Trukikaitis_Postimees, lk 18
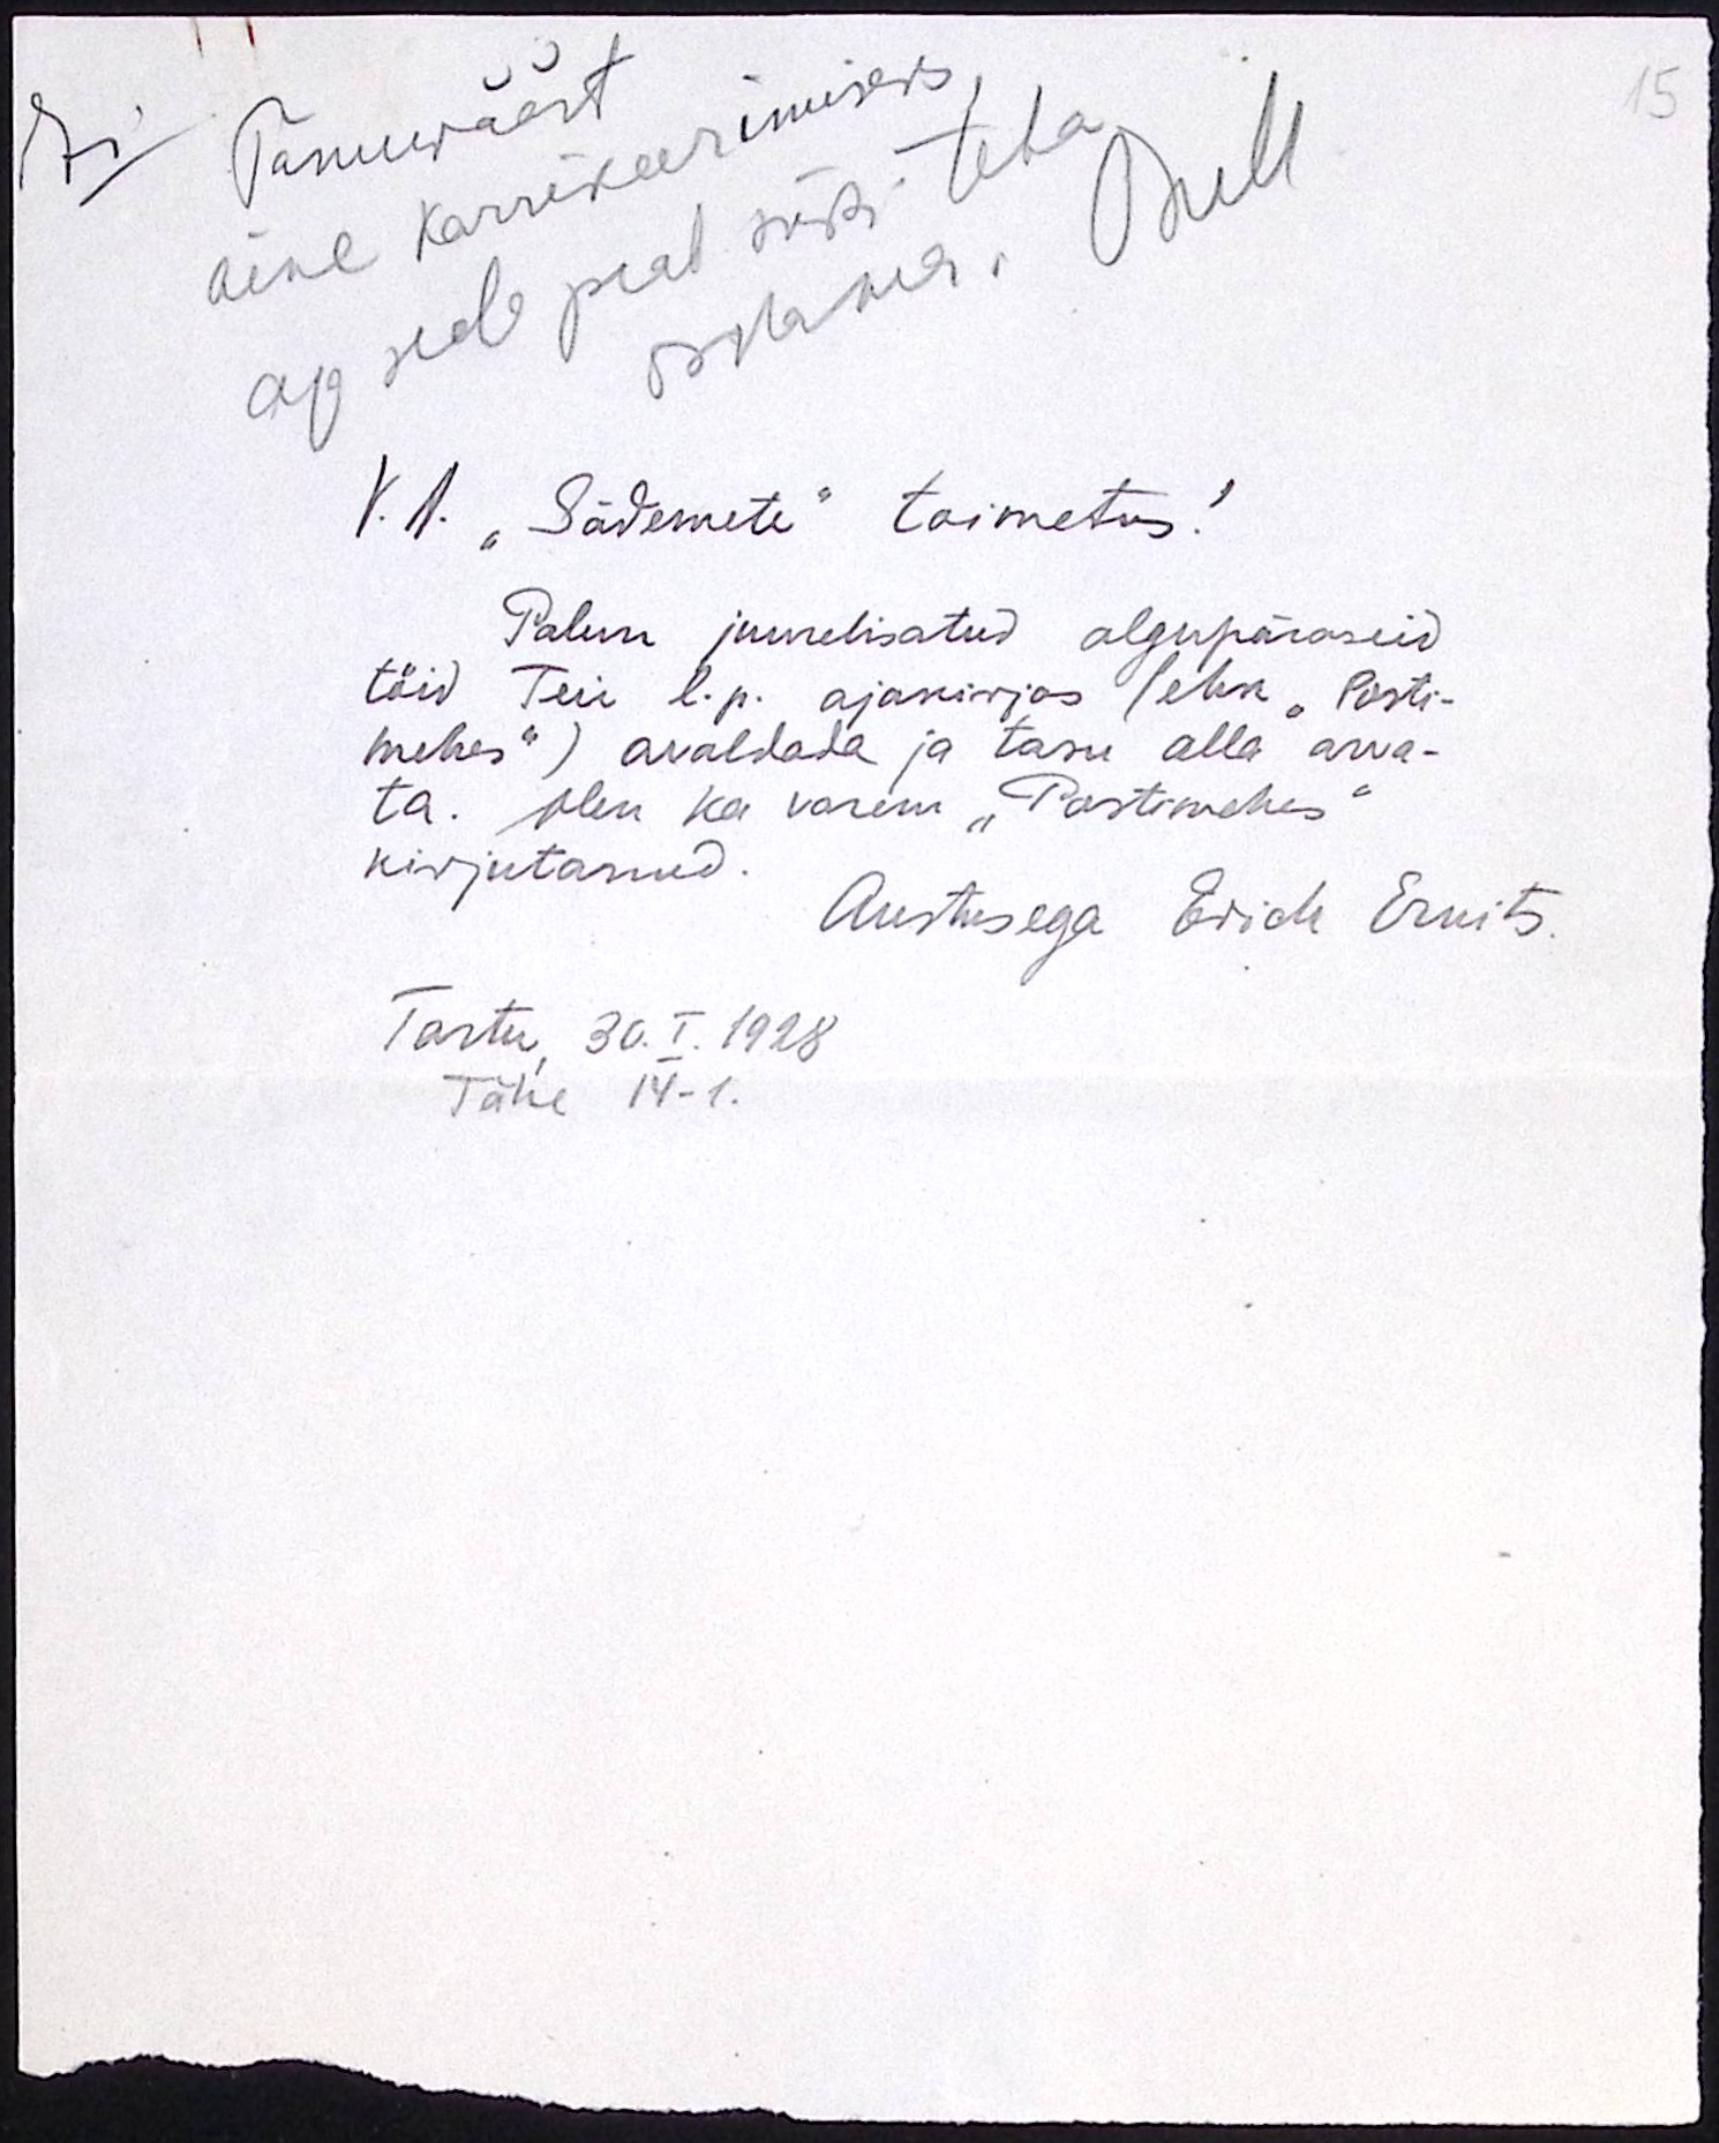
Tänuwäärt
15
aine korrikeerimiseks
aga seda peab siiski teha
oskama. Kull
V. A. "Sädemete" toimetus!
Palun juurelisatud algupäraseid
töid Teie l.p. ajakirjas (ehk "Posti-
mehes") avaldada ja tasu alla arva-
ta. Olen ka varem "Postimehes"
kirjutanud.
Austusega Erich Ernits.
Tartu, 30.I.1928
Tähe 14-1.